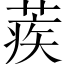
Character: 蒺